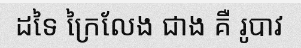
ដទៃ ក្រៃលែង ជាង គឺ រូបាវ